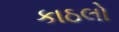
કાઠલો